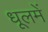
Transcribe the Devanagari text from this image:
धूलमें